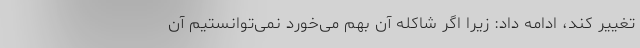
تغییر کند، ادامه داد: زیرا اگر شاکله آن بهم می‌خورد نمی‌توانستیم آن‌